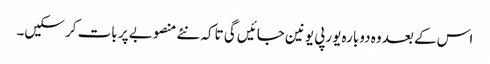
اس کے بعد وہ دوبارہ یورپی یونین جائیں گی تاکہ نئے منصوبے پر بات کر سکیں۔